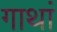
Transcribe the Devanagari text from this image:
गाथां